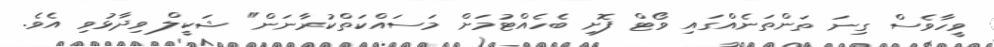
ވީހާވެސް ގިނަ ތަންތަނެއްގައި ވޯޓް ފޮށި ބެހެއްޓުމަށް މަސައްކަތްކުރާނަން" ޝަކީލް ވިދާޅުވި އެވެ.